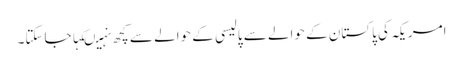
امریکہ کی پاکستان کے حوالے سے پالیسی کے حوالے سے کچھ نہیںکہاجاسکتا۔